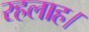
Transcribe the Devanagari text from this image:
रहलाह।